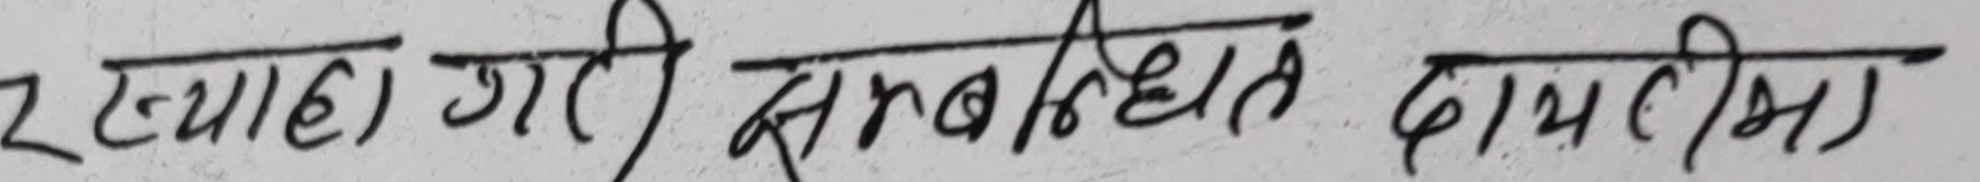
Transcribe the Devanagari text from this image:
२ हप्ता गती सम्बन्धित दायित्व